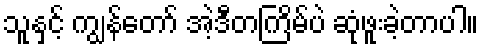
သူနှင့် ကျွန်တော် အဲ့ဒီတကြိမ်ပဲ ဆုံဖူးခဲ့တာပါ။